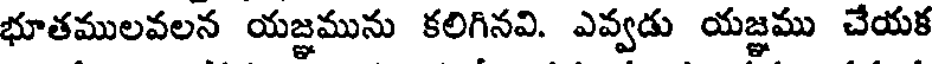
భూతములవలన యజ్ఞమును కలిగినవి. ఎవ్వడు యజ్ఞము చేయక